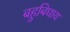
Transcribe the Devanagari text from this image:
बहुबिधाय